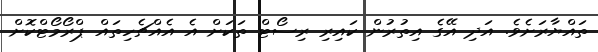
ތައްޔާރަށެވެ. އަދި އޭގެ އިތުރުން ކައިރި ރިސޯޓް ތަކަށް އެ އެއްޗެހިތައް ޕްރޯމޯޓްކޮށް